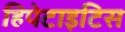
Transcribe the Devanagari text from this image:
हिपेटाइटिस